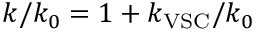
k / k _ { 0 } = 1 + k _ { \mathrm { V S C } } / k _ { 0 }